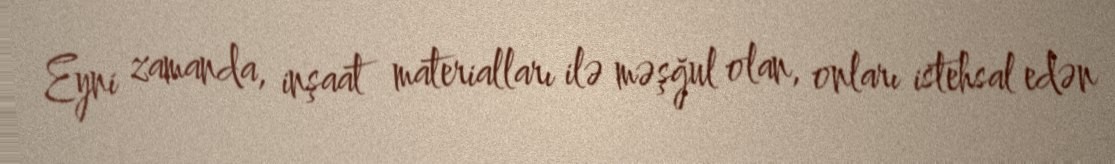
Eyni zamanda, inşaat materialları ilə məşğul olan, onları istehsal edən